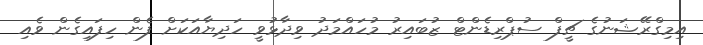
އިމިގްރޭޝަނުގެ ޗީފް ސުޕްރިޑެންޓް ޒުބައިރު މުހައްމަދު ވިދާޅުވީ ހަދިޔާއަކަށް ފެން ހިފައިގެން ވެއި